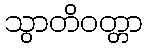
သွာတိဝတ္တာ